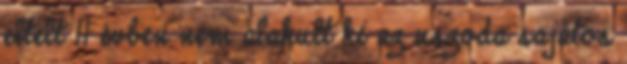
eltelt 11 évben nem alakult ki az uszoda sajátos